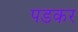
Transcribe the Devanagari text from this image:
पडकर